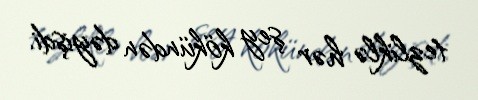
tezliklə hər şey kökündən dəyişdi.